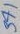
Text: 371